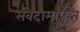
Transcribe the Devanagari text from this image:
संवेदामार्फत